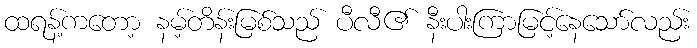
ထရန့်ကတော့ နမ့်တိန်းမြစ်သည် ပီလီ၏ နီးပါးကြာမြင့်နေသော်လည်း